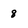
Character: 8